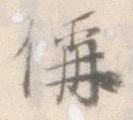
偁